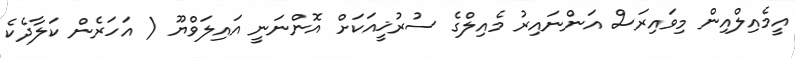
އީމެއިލްއިން މިވައިރަސް އަންނައިރު މެއިލްގެ ސުރުޚީއަކަށް އޮންނަނީ އައިލަވްޔޫ ( އަހަރެން ކަލާދެކެ